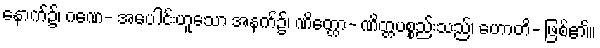
နောက်၌၊ ဂဏေ- အပေါင်းဟူသော အနက်၌၊ ဏိတ္တော- ဏိတ္တပစ္စည်းသည်၊ ဟောတိ- ဖြစ်၏။